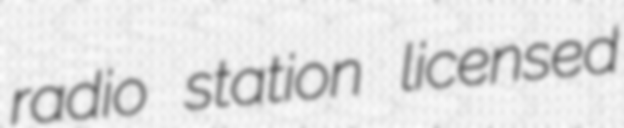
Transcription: radio station licensed